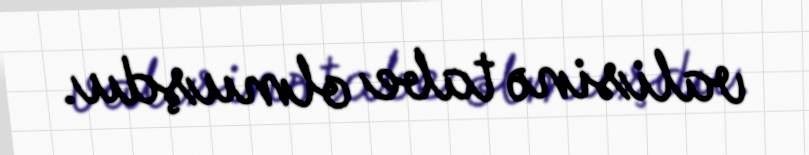
valisinə tabe olmuşdu.